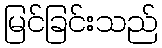
မြင်ခြင်းသည်